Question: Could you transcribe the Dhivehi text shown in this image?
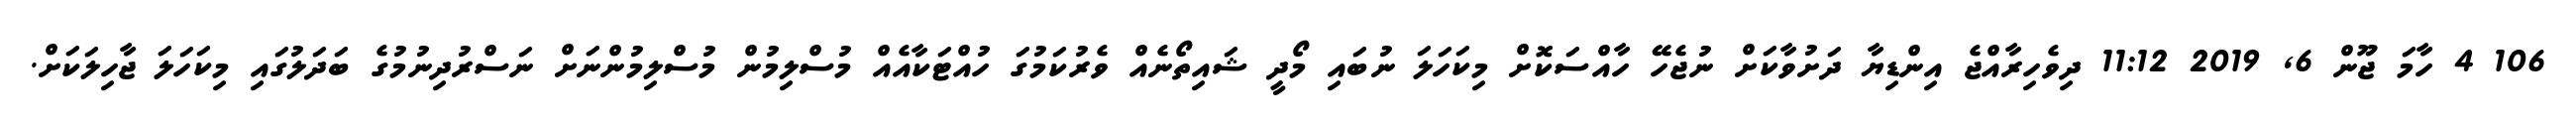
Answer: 106 4 ހާމަ ޖޫން 6, 2019 11:12 ދިވެހިރާއްޖެ އިންޑިޔާ ދަށުވާކަށް ނުޖެހޭ ހާއްސަކޮށް މިކަހަލަ ނުބައި މޯދީ ޝައިތޯނެއް ވެރުކަމުގަ ހުއްޓަކާއެއް މުސްލިމުން މުސްލިމުންނަށް ނަސްރުދިނުމުގެ ބަދަލުގައި މިކަހަލަ ޖާހިލަކަށް.